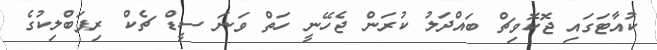
ކުއާޓަގައި ޖޮކޮވިޗް ބައްދަލު ކުރަން ޖެހޭނީ ހަތް ވަނަ ސީޑް ޗެކް ރިޕަބްލިކުގެ